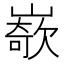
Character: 𡼭